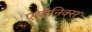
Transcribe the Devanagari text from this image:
एबोनिक्स